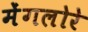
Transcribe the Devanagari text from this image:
मेंगलोरे